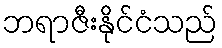
ဘရာဇီးနိုင်ငံသည်